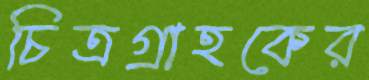
চিত্রগ্রাহকের